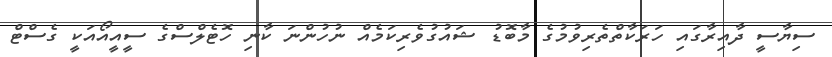
ސިޔާސީ ދާއިރާގައި ހަރަކާތްތެރިވުމުގެ މާބޮޑު ޝައުގުވެރިކަމެއް ނުހުންނަ ކާނި ހޮޓެލްސްގެ ސީއީއޯއަކީ ގެސްޓް